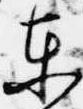
東